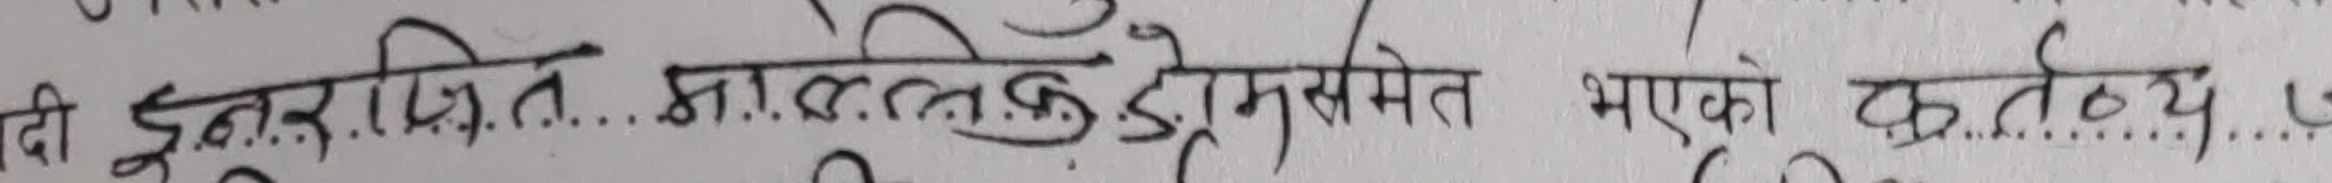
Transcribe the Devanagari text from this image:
दी दूतप्रित माल्लिकडेकुंम समेत भएको कर्त्तव्य युं